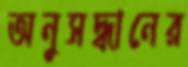
অনুসদ্ধানের